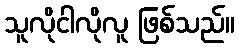
သူလိုငါလိုလူ ဖြစ်သည်။